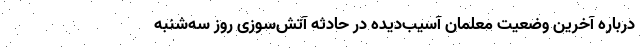
درباره آخرین وضعیت معلمان آسیب‌دیده در حادثه آتش‌سوزی روز سه‌شنبه